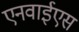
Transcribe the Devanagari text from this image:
एनवाईएस